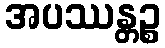
အပဿန္တဉ္စ